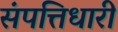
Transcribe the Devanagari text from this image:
संपत्तिधारी